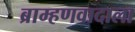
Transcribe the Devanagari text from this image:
ब्राम्हणवादाला